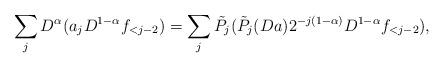
LaTeX: \begin{align*}\sum_j D^{\alpha} (a_j D^{1-\alpha} f_{<j-2} ) = \sum_j \tilde P_j ( \tilde P_j (Da) 2^{-j(1-\alpha)} D^{1-\alpha} f_{<j-2} ),\end{align*}